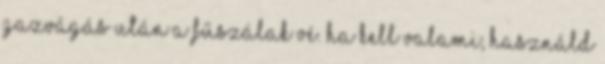
gazvágás után a fűszálak vé. Ha kell valami, használd